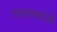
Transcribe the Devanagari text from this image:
उपचारकर्ताओं